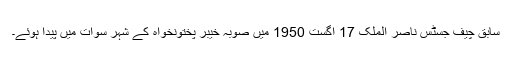
سابق چیف جسٹس ناصر الملک 17 اگست 1950 میں صوبہ خیبر پختونخواہ کے شہر سوات میں پیدا ہوئے۔